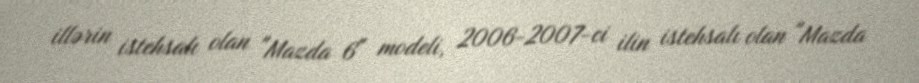
illərin istehsalı olan "Mazda 6" modeli, 2006-2007-ci ilin istehsalı olan "Mazda